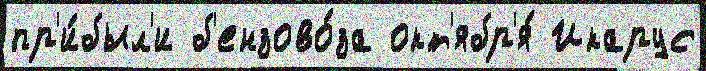
пр'и́был'и б'ензово́за окт'ябр'я́ Икарус